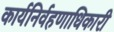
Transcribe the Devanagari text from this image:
कार्यनिर्वहणाधिकारी